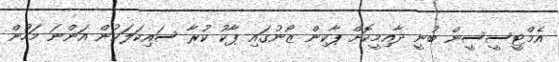
އެމްޓީސީސީން ބުނީ ދާއިމީކޮށް ޕާކިން ޒޯނުގައި ޕާކު ކުރާ ސައިކަލަކުން އަންނަ މަހުން